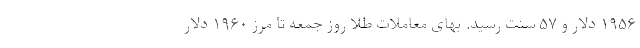
۱۹۵۶ دلار و ۵۷ سنت رسید. بهای معاملات طلا روز جمعه تا مرز ۱۹۶۰ دلار